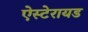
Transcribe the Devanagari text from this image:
ऐस्टेरायड